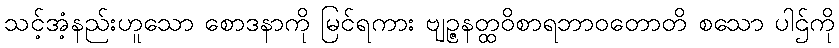
သင့်အံ့နည်းဟူသော စောဒနာကို မြင်ရကား ဗျဉ္ဇနတ္ထဝိစာရဘာဝတောတိ စသော ပါဌ်ကို